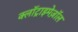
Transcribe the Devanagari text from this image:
क्लॉट्राइमेज़ॉल